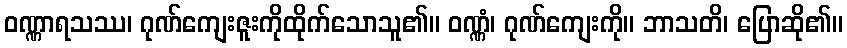
ဝဏ္ဏာရသဿ၊ ဂုဏ်ကျေးဇူးကိုထိုက်သောသူ၏။ ဝဏ္ဏံ၊ ဂုဏ်ကျေးကို။ ဘာသတိ၊ ပြောဆို၏။